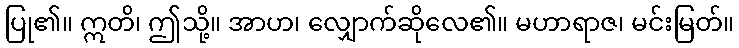
ပြု၏။ ဣတိ၊ ဤသို့။ အာဟ၊ လျှောက်ဆိုလေ၏။ မဟာရာဇ၊ မင်းမြတ်။